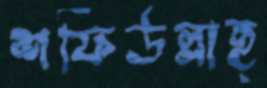
শফিউল্লাহ্